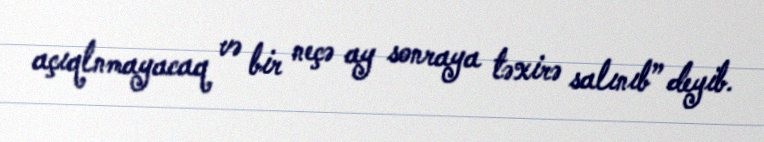
açıqlnmayacaq və bir neçə ay sonraya təxirə salınıb” deyib.